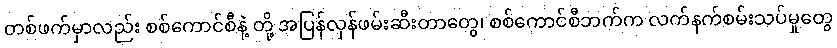
တစ်ဖက်မှာလည်း စစ်ကောင်စီနဲ့ တို့ အပြန်လှန်ဖမ်းဆီးတာတွေ၊ စစ်ကောင်စီဘက်က လက်နက်စမ်းသပ်မှုတွေ